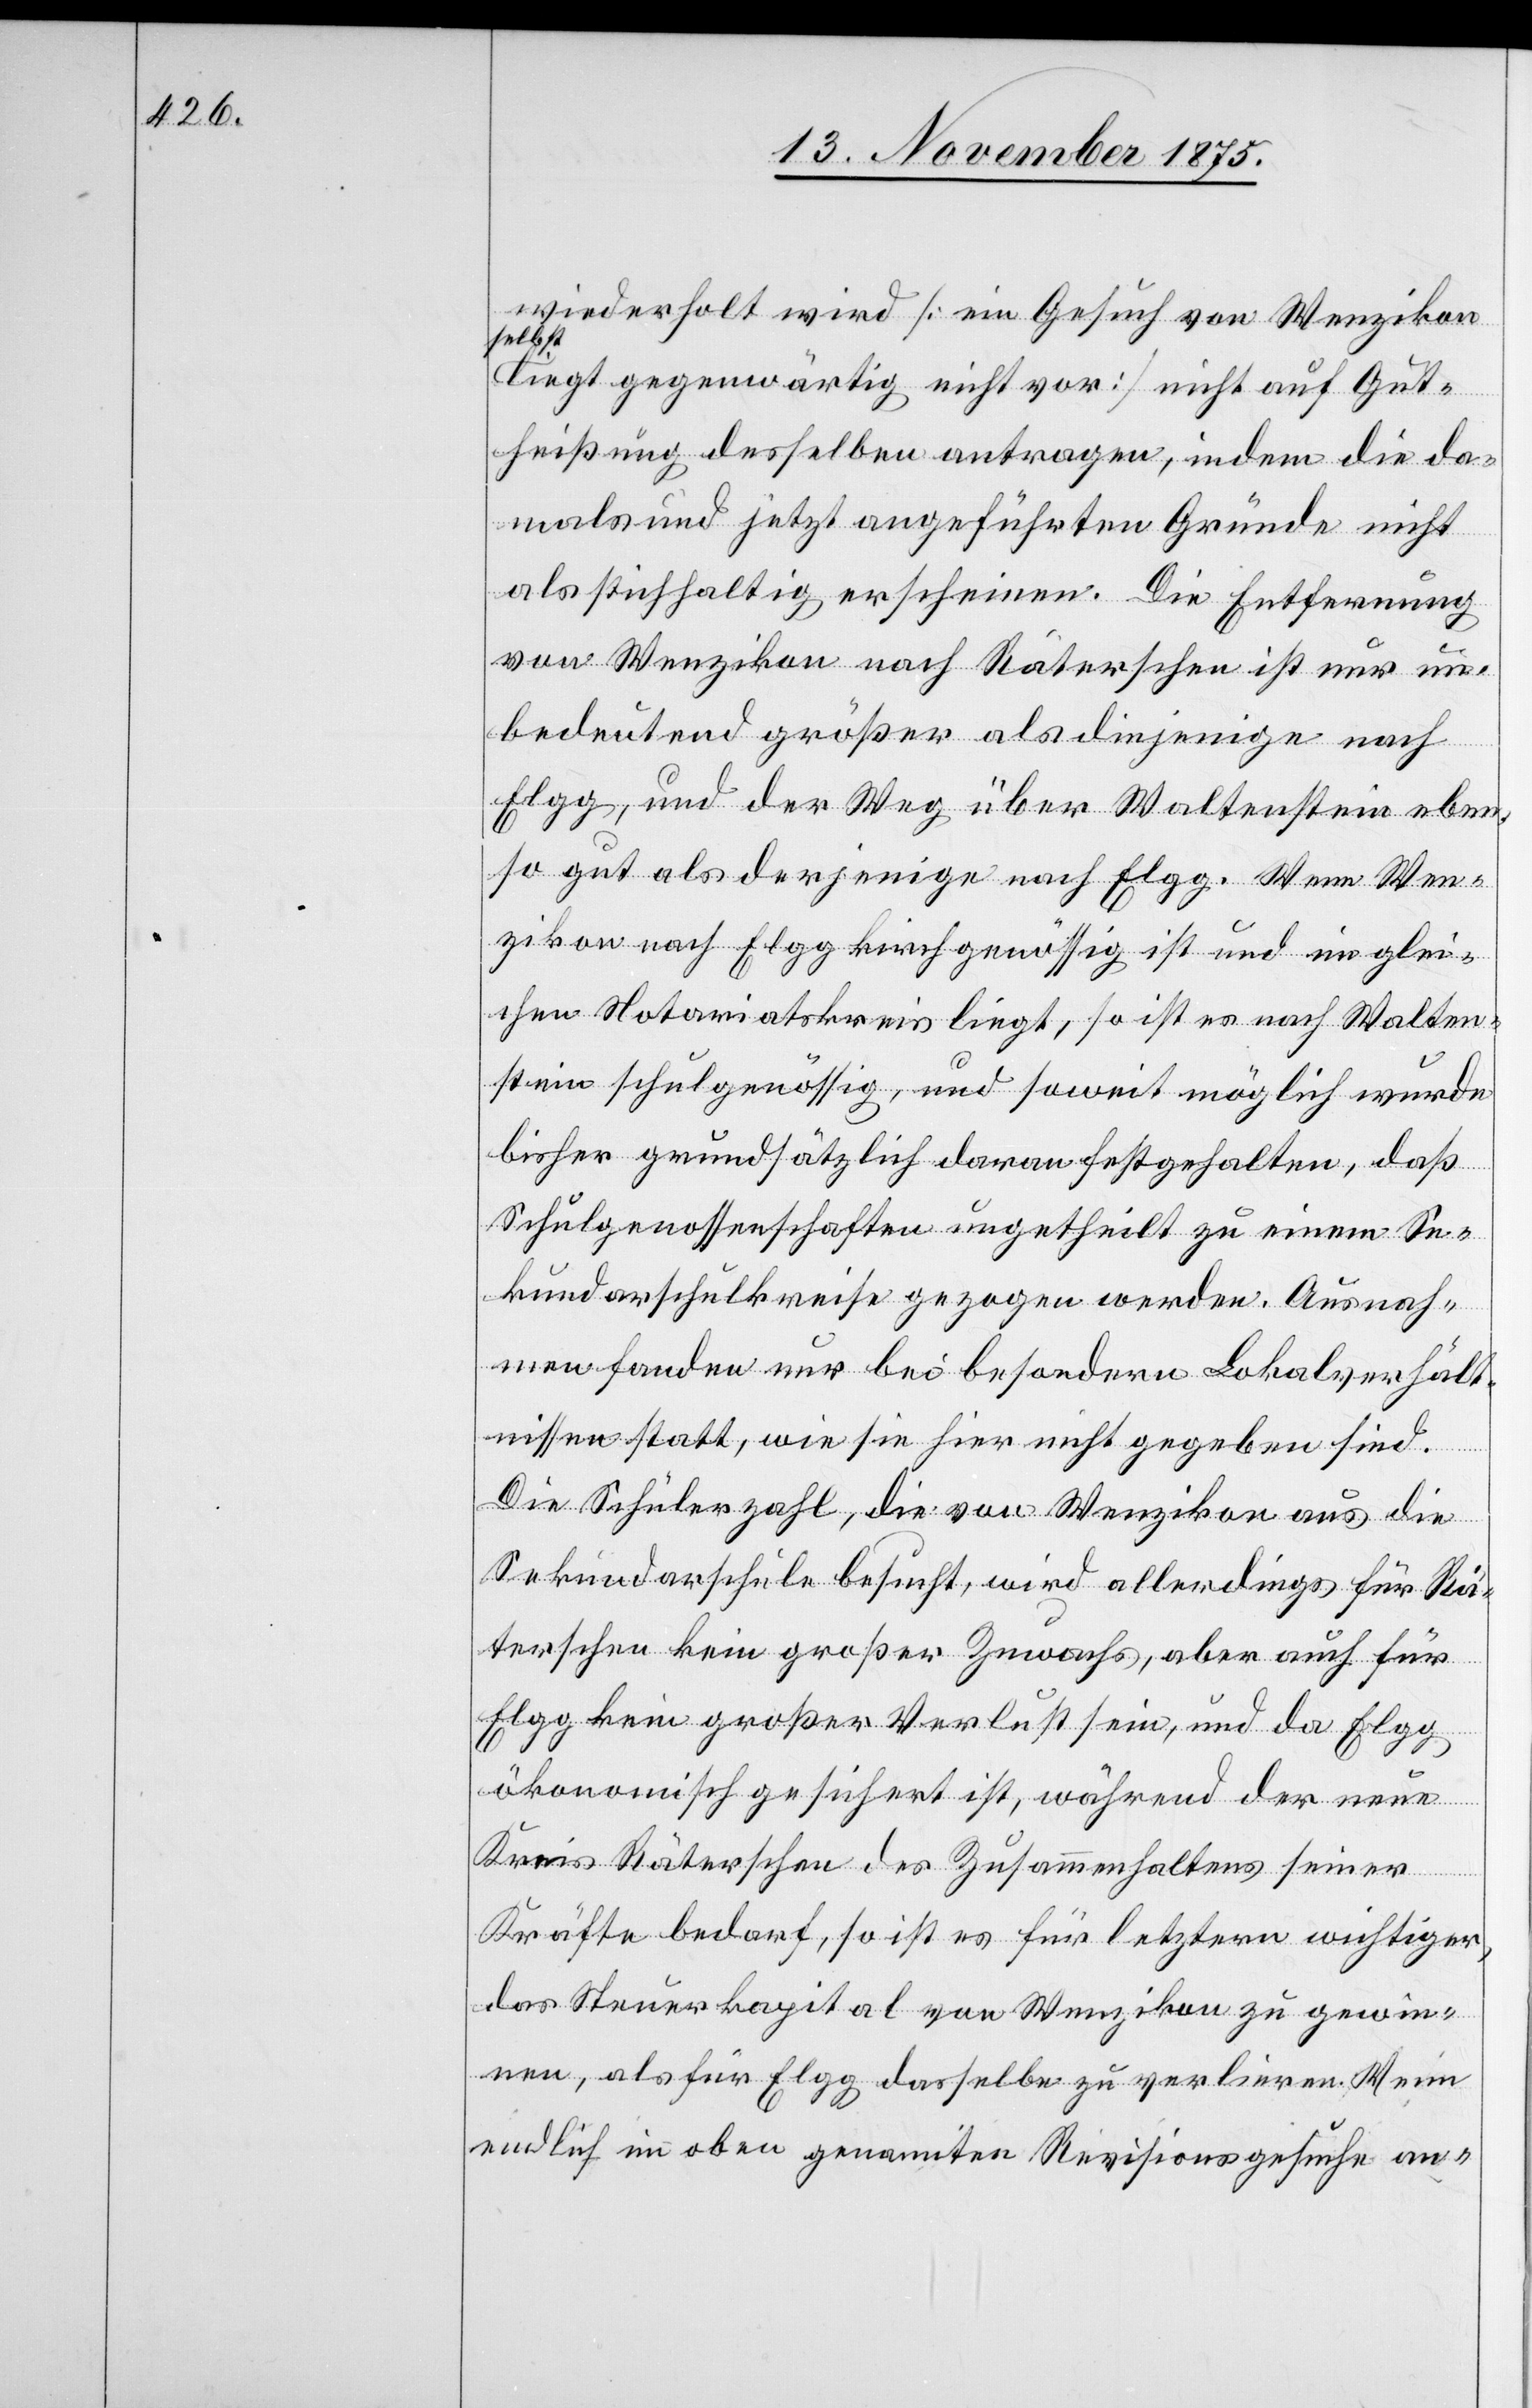
wiederholt wird [ein Gesuch von Wenzikon
selbst
liegt gegenwärtig nicht vor] nicht auf Gut¬
heißung desselben antragen, indem die da¬
mals und jetzt angeführten Gründe nicht
als stichhaltig erscheinen. Die Entfernung
von Wenzikon nach Räterschen ist nur un¬
bedeutend größer als diejenige nach
Elgg, und der Weg über Waltenstein eben¬
so gut als derjenige nach Elgg. Wenn Wen¬
zikon nach Elgg kirchgenössig ist und im glei¬
chen Notariatskreis liegt, so ist es nach Walten¬
stein schulgenössig, und soweit möglich wurde
bisher grundsätzlich daran festgehalten, daß
Schulgenossenschaften ungetheilt zu einem Se¬
kundarschulkreise gezogen werden. Ausnah¬
men fanden nur bei besondern Lokalverhält¬
nissen statt, wie sie hier nicht gegeben sind.
Die Schülerzahl, die von Wenzikon aus die
Sekundarschule besucht, wird allerdings für Rä¬
terschen kein großer Zuwachs, aber auch für
Elgg kein großer Verlust sein, und da Elgg
ökonomisch gesichert ist, während der neue
Kreis Räterschen des Zusammenhaltens seiner
Kräfte bedarf, so ist es für letztern wichtiger,
das Steuerkapital von Wenzikon zu gewin¬
nen, als für Elgg dasselbe zu verlieren. Wenn
endlich im oben genannten Revisionsgesuche an-